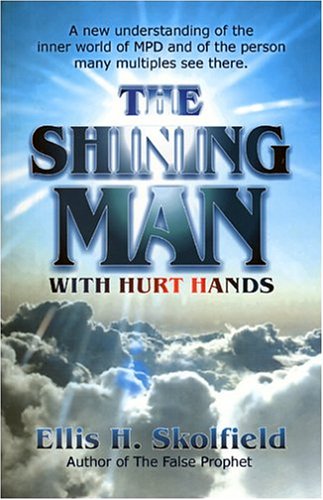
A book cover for The Shining Man with Hurt Hands; Ellis H. Skolfield; Health, Fitness & Dieting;